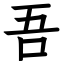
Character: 吾